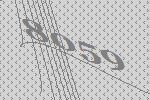
8059